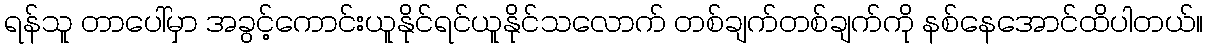
ရန်သူ တာပေါ်မှာ အခွင့်ကောင်းယူနိုင်ရင်ယူနိုင်သလောက် တစ်ချက်တစ်ချက်ကို နစ်နေအောင်ထိပါတယ်။